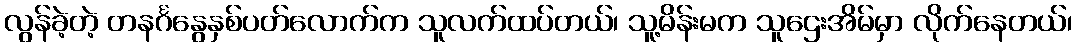
လွန်ခဲ့တဲ့ တနင်္ဂနွေနှစ်ပတ်လောက်က သူလက်ထပ်တယ်၊ သူ့မိန်းမက သူဌေးအိမ်မှာ လိုက်နေတယ်၊